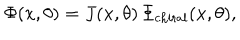
\Phi ( x , \theta ) = J ( x , \theta ) \, \Phi _ { \mathrm { c h i r a l } } ( x , \theta ) ,